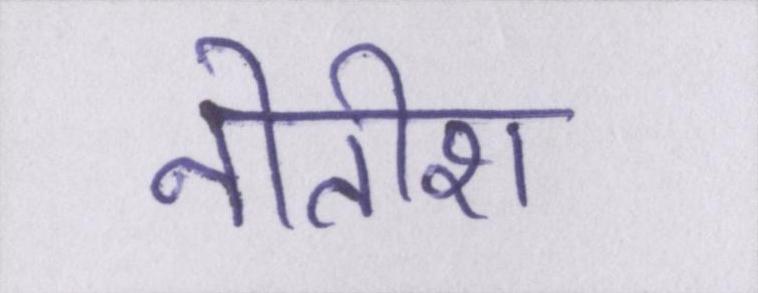
नीतीश